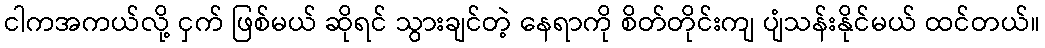
ငါကအကယ်လို့ ငှက် ဖြစ်မယ် ဆိုရင် သွားချင်တဲ့ နေရာကို စိတ်တိုင်းကျ ပျံသန်းနိုင်မယ် ထင်တယ်။